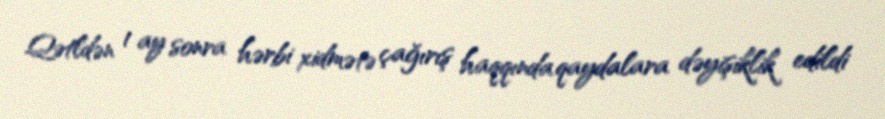
Qətldən 1 ay sonra hərbi xidmətə çağırış haqqında qaydalara dəyişiklik edildi